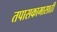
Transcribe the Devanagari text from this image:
तपासकामासाठी